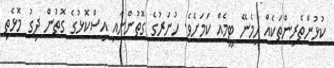
ކުޅުންތެރިންތަކެއް ހިމެނޭ ޓީމެއް ކަމަށެވެ. ހުނަރުގެ ގޮތުންނާއި އިސްކޮޅުގެ ގޮތުން ދިގު މޮޅެތި